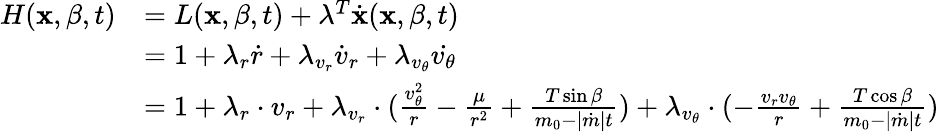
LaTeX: \begin{array}{rl}{H(\textbf{x},\beta,t)}&{=L(\textbf{x},\beta,t)+\lambda^{T}\dot{\textbf{x}}(\textbf{x},\beta,t)}\\ &{=1+\lambda_{r}\dot{r}+\lambda_{v_{r}}\dot{v}_{r}+\lambda_{v_{\theta}}\dot{v_{\theta}}}\\ &{=1+\lambda_{r}\cdot v_{r}+\lambda_{v_{r}}\cdot(\frac{v_{\theta}^{2}}{r}-\frac{\mu}{r^{2}}+\frac{T\sin{\beta}}{m_{0}-|\dot{m}|t})+\lambda_{v_{\theta}}\cdot(-\frac{v_{r}v_{\theta}}{r}+\frac{T\cos{\beta}}{m_{0}-|\dot{m}|t})}\end{array}